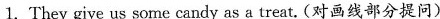
1. They give us some candy as a treat. (对画线部分提问)